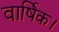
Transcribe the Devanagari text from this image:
वार्षिक।